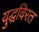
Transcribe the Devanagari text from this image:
युद्धविरत